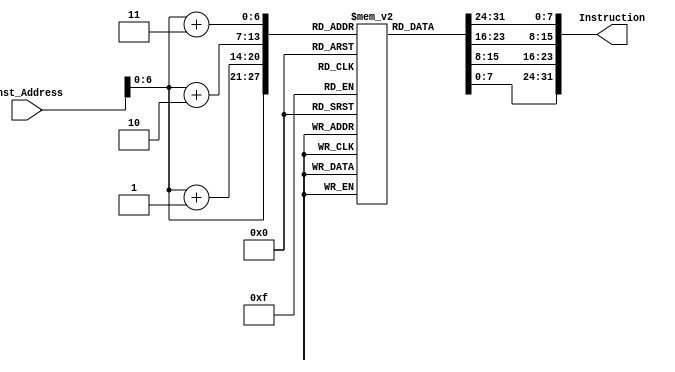
`timescale 1ns / 1ps
//////////////////////////////////////////////////////////////////////////////////
// Company: 
// Engineer: 
// 
// Design Name: 
// Module Name: Instruction_Memory
// Project Name: 
// Target Devices: 
// Tool Versions: 
// Description: 
// 
// Dependencies: 
// 
// Revision:
// Revision 0.01 - File Created
// Additional Comments:
// 
//////////////////////////////////////////////////////////////////////////////////


module Instruction_Memory
(
    input [63:0] Inst_Address,
    output reg [31:0] Instruction
);
// Creating 95 1-byte registers to store Instructions
reg [7:0] inst_mem [95:0];
initial
begin
    // Initializing Instruction Memory with Instructions to implement Insertion Sort
    {inst_mem[3], inst_mem[2], inst_mem[1], inst_mem[0]} = 32'h00800513;//0
    {inst_mem[7], inst_mem[6], inst_mem[5], inst_mem[4]} = 32'h00500693;//1
    {inst_mem[11], inst_mem[10], inst_mem[9], inst_mem[8]} = 32'h00100713;//2
    {inst_mem[15], inst_mem[14], inst_mem[13], inst_mem[12]} = 32'h04d75a63;//3
    {inst_mem[19], inst_mem[18], inst_mem[17], inst_mem[16]} = 32'hfff70793;//4
    {inst_mem[23], inst_mem[22], inst_mem[21], inst_mem[20]} = 32'h00371813;//5 
    {inst_mem[27], inst_mem[26], inst_mem[25], inst_mem[24]} = 32'h01050833;//6
    {inst_mem[31], inst_mem[30], inst_mem[29], inst_mem[28]} = 32'h00083883;//7
    {inst_mem[35], inst_mem[34], inst_mem[33], inst_mem[32]} = 32'h00379913;//8
    {inst_mem[39], inst_mem[38], inst_mem[37], inst_mem[36]} = 32'h01250933;//9
    {inst_mem[43], inst_mem[42], inst_mem[41], inst_mem[40]} = 32'h00093983;//10 
    {inst_mem[47], inst_mem[46], inst_mem[45], inst_mem[44]} = 32'h0138de63;//11
    {inst_mem[51], inst_mem[50], inst_mem[49], inst_mem[48]} = 32'h0007cc63;//12
    {inst_mem[55], inst_mem[54], inst_mem[53], inst_mem[52]} = 32'h00893a03;//13
    {inst_mem[59], inst_mem[58], inst_mem[57], inst_mem[56]} = 32'h01393423;//14
    {inst_mem[63], inst_mem[62], inst_mem[61], inst_mem[60]} = 32'h01493023;//15
    {inst_mem[67], inst_mem[66], inst_mem[65], inst_mem[64]} = 32'hfff78793;//16
    {inst_mem[71], inst_mem[70], inst_mem[69], inst_mem[68]} = 32'hf77ff0ef;//17
    {inst_mem[75], inst_mem[74], inst_mem[73], inst_mem[72]} = 32'h00178a93;//18
    {inst_mem[79], inst_mem[78], inst_mem[77], inst_mem[76]} = 32'h003a9a93;//19
    {inst_mem[83], inst_mem[82], inst_mem[81], inst_mem[80]} = 32'h00aa8ab3;//20
    {inst_mem[87], inst_mem[86], inst_mem[85], inst_mem[84]} = 32'h011ab023;//21
    {inst_mem[91], inst_mem[90], inst_mem[89], inst_mem[88]} = 32'h00170713;//22
    {inst_mem[95], inst_mem[94], inst_mem[93], inst_mem[92]} = 32'hEC7FF0ef;//23

end

always @(Inst_Address)
begin
    //Reading 4 registersw as a RISC-V Instruction is 32-bits
    Instruction={inst_mem[Inst_Address+3],inst_mem[Inst_Address+2],inst_mem[Inst_Address+1],inst_mem[Inst_Address]};
end


endmodule